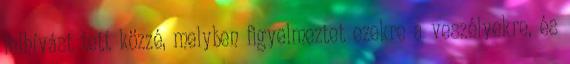
felhívást tett közzé, melyben figyelmeztet ezekre a veszélyekre, és